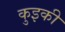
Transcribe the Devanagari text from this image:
कुइकी